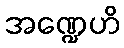
အဏ္ဍေဟိ